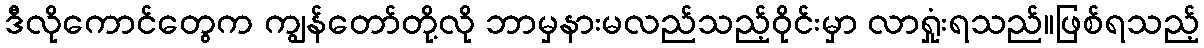
ဒီလိုကောင်တွေက ကျွန်တော်တို့လို ဘာမှနားမလည်သည့်ဝိုင်းမှာ လာရှုံးရသည်။ဖြစ်ရသည့်